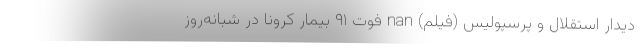
دیدار استقلال و پرسپولیس (فیلم) nan فوت ۹۱ بیمار کرونا در شبانه‌روز